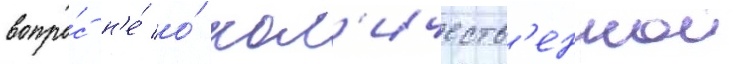
вопро́с н'е́ о́ кол'ичеств'еннои